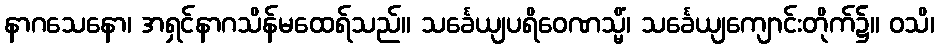
နာဂသေနော၊ အရှင်နာဂသိန်မထေရ်သည်။ သင်္ခေယျပရိဝေဏသ္မိံ၊ သင်္ခေယျကျောင်းတိုက်၌။ ဝသိ၊